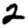
Digit: 2